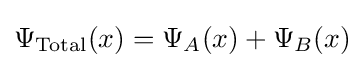
\Psi _{\text{Total}}(x)=\Psi _{A}(x)+\Psi _{B}(x)